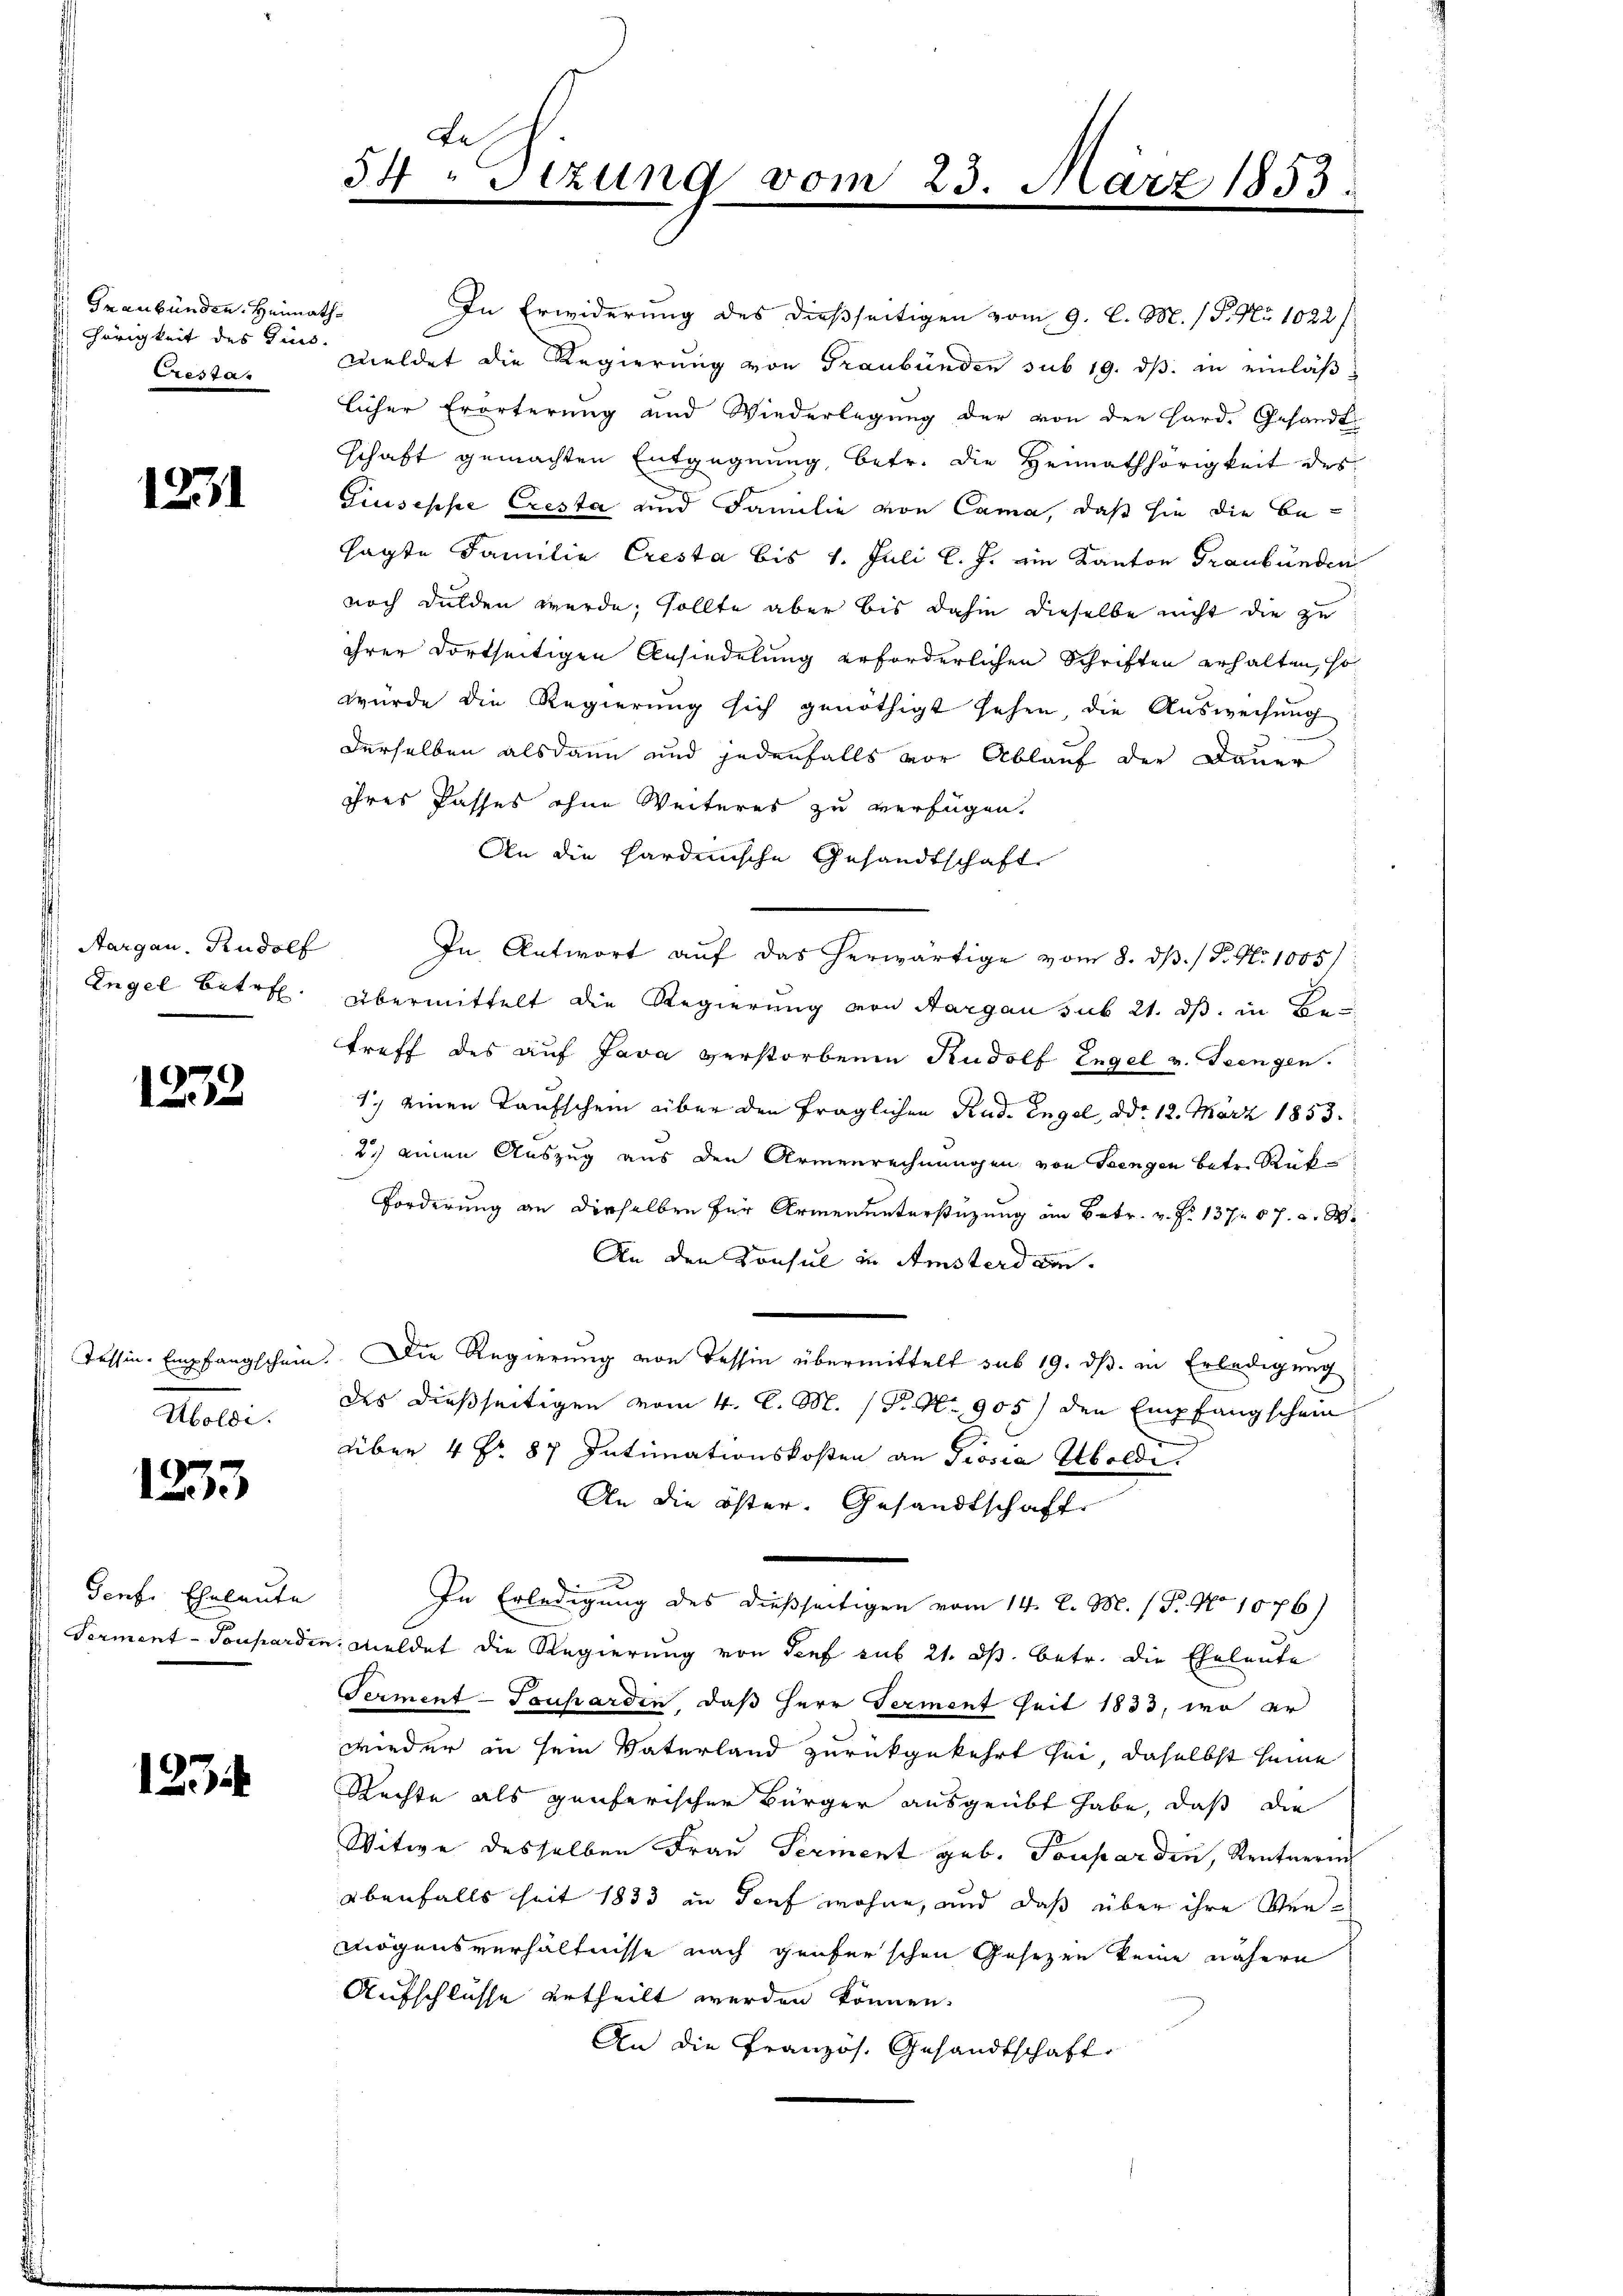
Graubünden. Heimath
hörigkeit des sind.
Crestan

1231

Aargau. Rudolf
Engel betref
¬

1252

Tessin Empfangschein.
Abolde.

1253

Genf. Eheleute
Ferment-Tonhardi

125

Fes
54 " Stzung vom

Giuseppe Cresta und Familie von Cama, daß sie die Besagte Familie Cresta bis 1. Juli l. J. ein Kanton Graubünden
noch dulden werde; sollte aber bis dahin dieselbe nicht die zu
ihrer dortseitigen Ansiedelung erforderlichen Schriften erhalten, so
wurde die Regierung sich genöthigt sehen die Ausweisung
derselben alsdann und jedenfalls vor Ablauf der Dauer
ihres Kasses ohne Weiteres zu verfügen.
An die Sardinische Gesandtschaft
In Antwort auf das herwärtige vom 8. ds. / P. Nr. 1005/
Übermittelt die Regierung von Aargau sub 21. ds. in Betreff des auf Java verstorbenen Rudolf Engel v. Teengen.
1) einen Taufschein über den fraglichen Rud. Engel, ddo 12. März 1853.
2.) einen Auszug aus den Armenrechnungen von Seengen betr. Rück
Forderung an dieselben für Armenunterstüzung am Betr. v. Fr. 137. 67. d. M.
An den Konsul in Amsterdan¬
Die Regierung von Tessin übermittelt sub 19. ds. in Erledigung
des dießseitigen vom 4. C. M. P. Nr. 905) den Empfangschein
über 4 No. 87 Intimationskosten an Prosia Abolde.
An die öster- Gesandtschaft
n
In Erledigung des dießseitigen vom 14. d. M. (T. No 1076)
u. meldet die Regierung von Senf sub 21. ds. betr. die Eheleute
Serment-Tonharden, daß Herr Ferient seit 1833, wo er
wieder in sein Vaterland zurückgekehrt sei, daselbst seine
Rechte als genferischen Bürger ausgeübt habe, daß die
Witwe desselben Frau Ferient geb. Touparden, Rentnerin
ebenfalls seit 1883 in Torf wohne, und daß über ihre Ver¬
Mögensverhältnisse nach Genferschen Gesezen keine nähern
Aufschlüsse ertheilt werden können.
An die Pranzös. Gesandtschaft

In Erwiderung des dießseitigen vom 9. l. M. / P. Nr. 1022/
meldet die Regierung von Graubünden sub 19. ds. in einläßlicher Erörterung und Wiederlegung der von der Hard. Gesandt
schaft gemachten Entgegnung, betr. die Heimathörigkeit des

3.

März 1853.